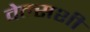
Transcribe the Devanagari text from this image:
वेल्सशी